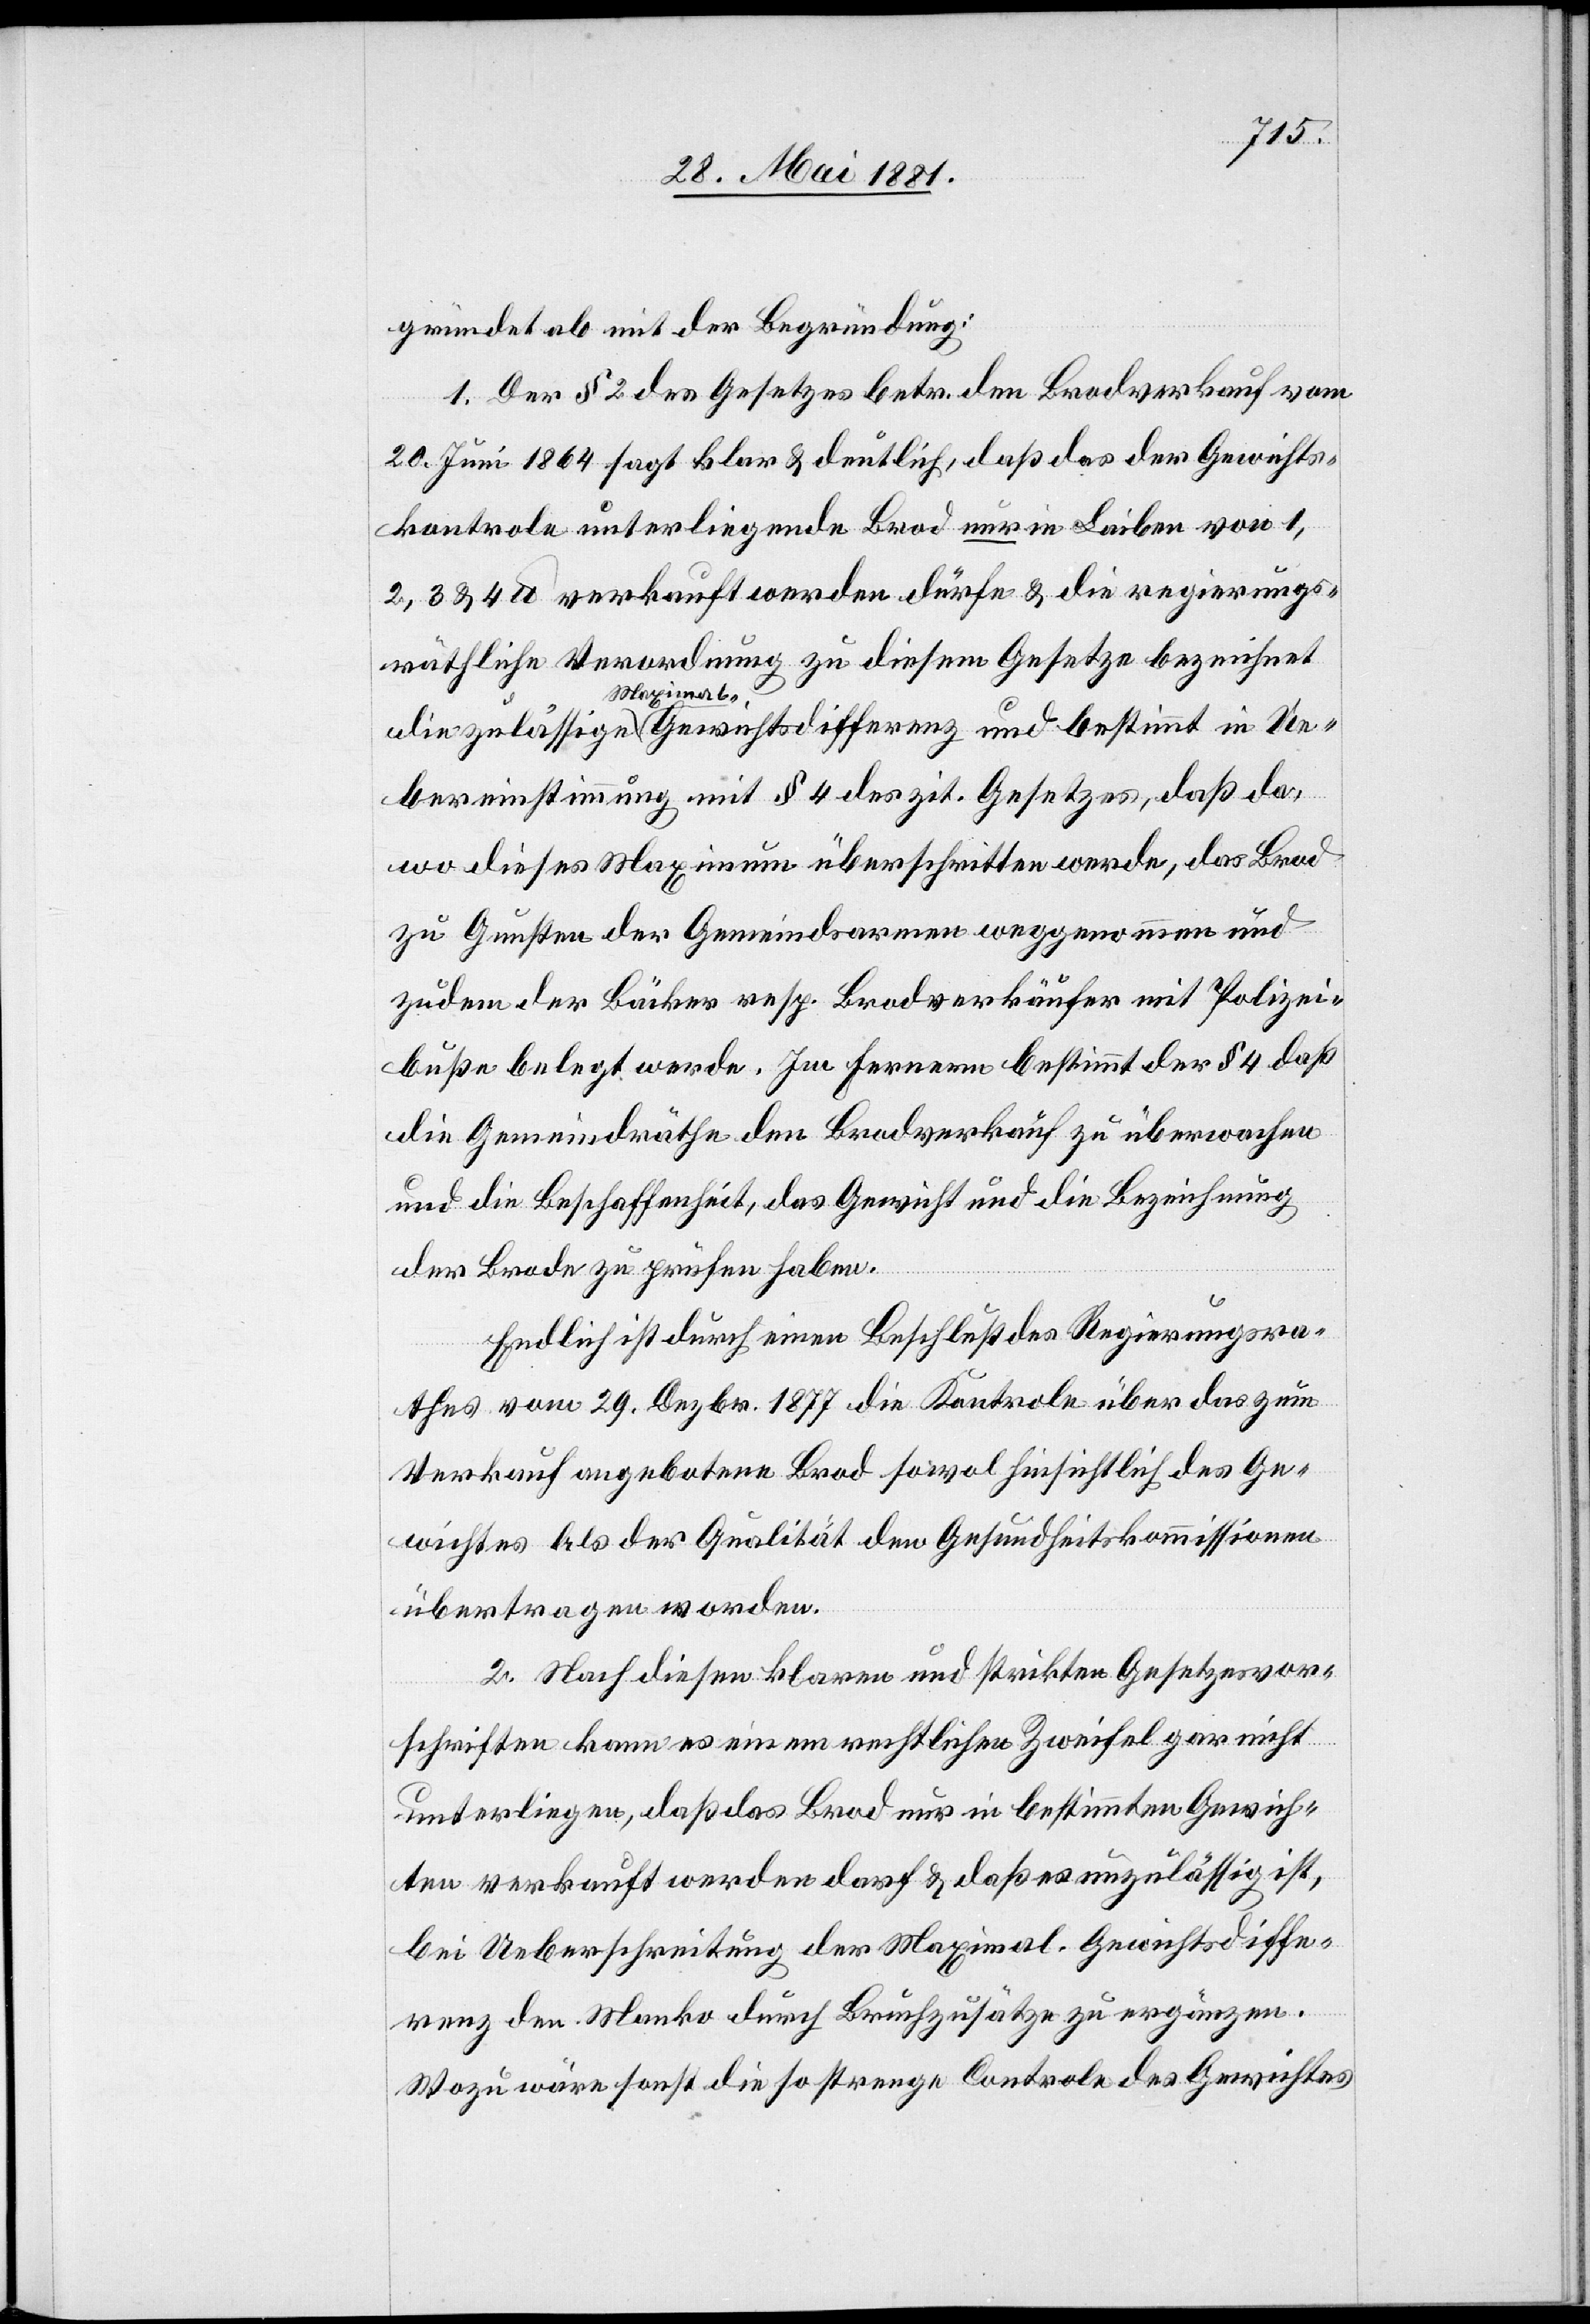
gründet ab mit der Begründung:
1. Der § 2 des Gesetzes betr. den Brodverkauf vom
20. Juni 1864 sagt klar & deutlich, daß das der Gewichts¬
kontole unterliegende Brod nur in Laiber von 1,
2, 3 & 4 lb. verkauft werden dürfe & die regierungs¬
räthliche Verordnung zu diesem Gesetze bezeichnet
Ue¬
bereinstimmung mit § 4 des zit. Gesetzes, daß da,
wo dieses Maximum überschritten werde, das Brod
zu Gunsten der Gemeindsarmen weggenommen und
zudem der Bäcker resp. Brodverkäufer mit Polizei¬
buße belegt werde. Im Fernern bestimmt der § 4 da
die Gemeindräthe den Brodverkauf zu überwachen
und die Beschaffenheit, das Gewicht und die Bezeichnung
der Brode zu prüfen haben.
Endlich ist durch einen Beschluß des Regierungsra¬
thes vom 29. Dezbr. 1877 die Kontrole über das zum
Verkauf angebotene Brod sowol hinsichtlich des Ge¬
wichtes als der Qualität den Gesundheitskommissionen
übertagen worden.
2. Nach diesen klaren und strickten Gesetzvor¬
schriften kann es einem rechtlichen Zweifel nicht
unterliegen, daß das Brod nur in bestimmten Gewich¬
ten verkauft werden darf & daß es unzulässig ist,
bei Ueberschreitung der Maximal-Gewichtsdiffe¬
renz den Manko durch Bruchzusätze zu ergänzen.
Wozu wäre sonst die so strenge Controle des Gewichtes